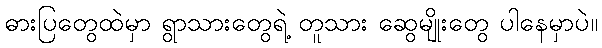
ဓားပြတွေထဲမှာ ရွာသားတွေရဲ့ တူသား ဆွေမျိုးတွေ ပါနေမှာပဲ။